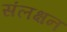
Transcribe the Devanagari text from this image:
संलक्षन